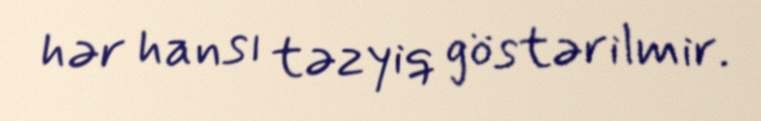
hər hansı təzyiq göstərilmir.